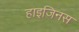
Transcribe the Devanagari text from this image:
हाइजिनस